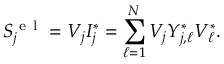
S _ { j } ^ { \mathrm { ~ e ~ l ~ } } = V _ { j } I _ { j } ^ { * } = \sum _ { \ell = 1 } ^ { N } V _ { j } Y _ { j , \ell } ^ { * } V _ { \ell } ^ { * } .